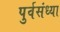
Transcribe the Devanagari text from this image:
पुर्वसंध्या